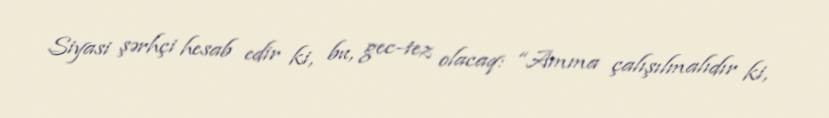
Siyasi şərhçi hesab edir ki, bu, gec-tez olacaq: “Amma çalışılmalıdır ki,